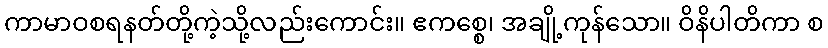
ကာမာဝစရနတ်တို့ကဲ့သို့လည်းကောင်း။ ဧကစ္စေ၊ အချို့ကုန်သော။ ဝိနိပါတိကာ စ